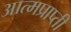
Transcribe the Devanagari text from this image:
आत्मप्राप्ती